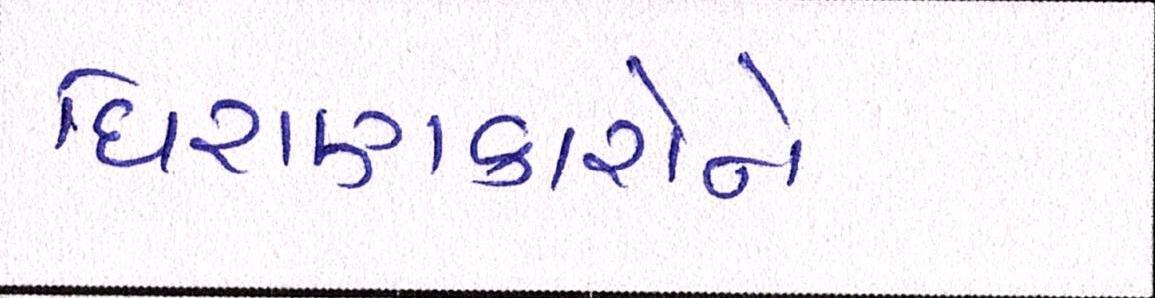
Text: ધિરાણકારોને